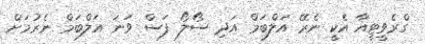
ގްރެވީޓީއާ އެކީ ނެރޭ އަލްބަމް އަދި ސޯލޯ ފަސް ވަނަ އަލްބަމް ނެރުމަށް